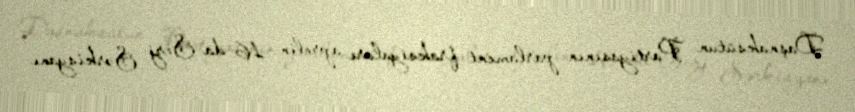
Daşnaksütun Partiyasının parlament fraksiyaları aprelin 16-da Serj Sərkisyanı